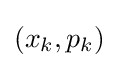
(x_{k},p_{k})